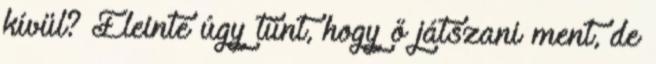
kívül? Eleinte úgy tűnt, hogy ő játszani ment, de